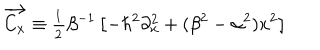
\overrightarrow { C _ { x } } \equiv \frac { { } _ { 1 } } { { } ^ { 2 } } \beta ^ { - 1 } \left[ - \hbar ^ { 2 } \partial _ { x } ^ { 2 } + ( \beta ^ { 2 } - \alpha ^ { 2 } ) x ^ { 2 } \right]